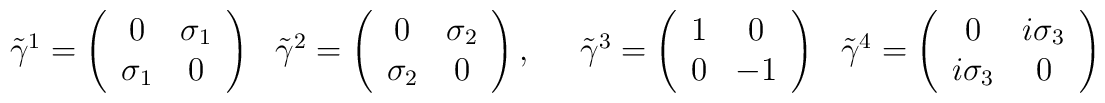
\begin{array}{cc}\tilde{\gamma}^{1}=\left( \begin{array}{cc}0 & \sigma _{1} \\ \sigma _{1} & 0\end{array}\right) & \tilde{\gamma}^{2}=\left( \begin{array}{cc}0 & \sigma _{2} \\ \sigma _{2} & 0\end{array}\right) ,\quad \begin{array}{cc}\tilde{\gamma}^{3}=\left( \begin{array}{cc}1 & 0 \\ 0 & -1\end{array}\right) & \tilde{\gamma}^{4}=\left( \begin{array}{cc}0 & i\sigma _{3} \\ i\sigma _{3} & 0\end{array}\right)\end{array}\end{array}